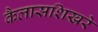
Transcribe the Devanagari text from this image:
कैलासशिखरे